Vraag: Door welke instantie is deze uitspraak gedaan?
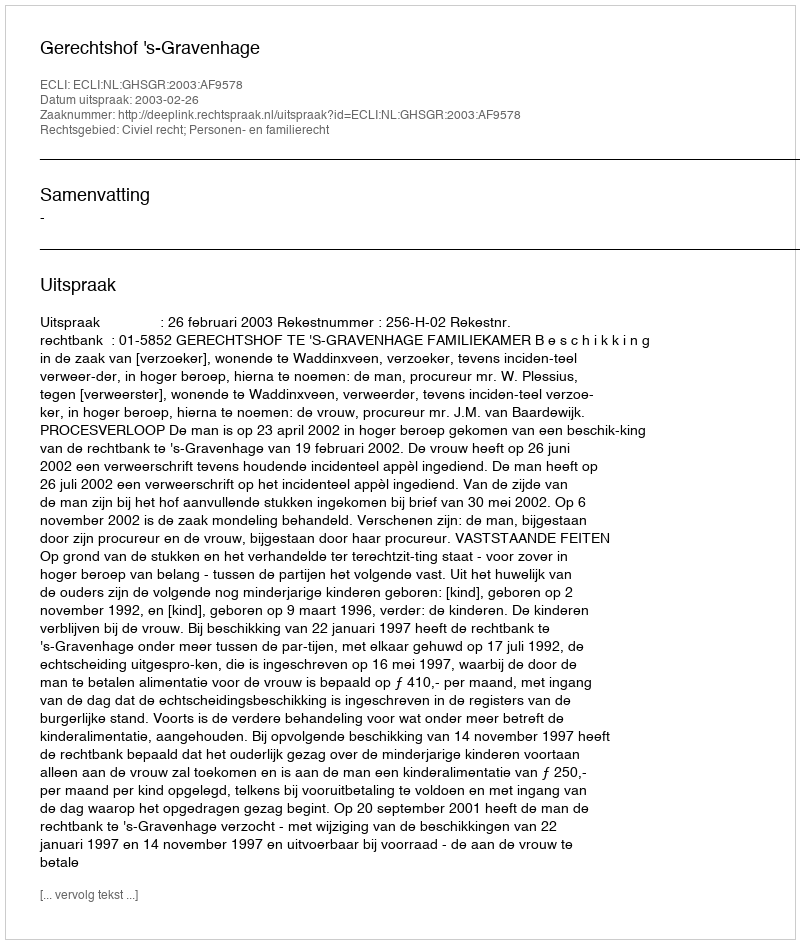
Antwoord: Gerechtshof 's-Gravenhage